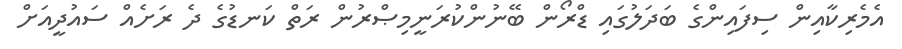
އެމެރިކާއިން ސިފައިންގެ ބަދަލުގައި ޑްރޯން ބޭނުންކުރަނީމިޞްރުން ރަތް ކަނޑުގެ ދެ ރަށެއް ސައުދީއަށް